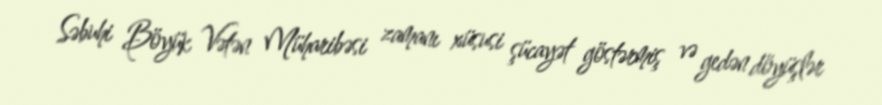
Səbuhi Böyük Vətən Müharibəsi zamanı xüsusi şücayət göstərmiş və gedən döyüşlər